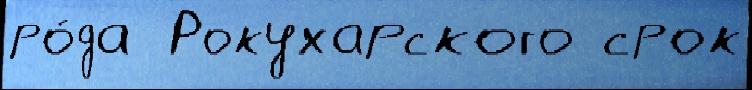
ро́да  Рокухарского срок